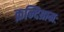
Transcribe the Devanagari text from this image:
क्रन्दिग्रामः